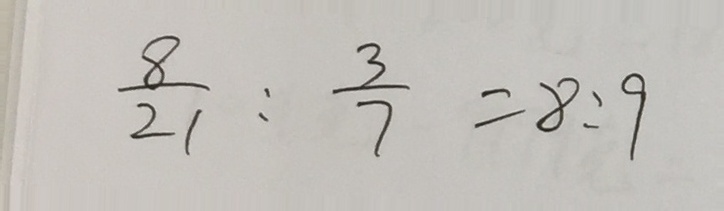
\frac { 8 } { 2 1 } : \frac { 3 } { 7 } = 8 : 9